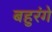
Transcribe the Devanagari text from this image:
बहुरंगे